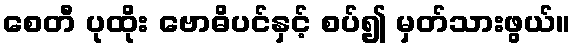
စေတီ ပုထိုး ဗောဓိပင်နှင့် စပ်၍ မှတ်သားဖွယ်။